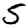
Digit: 5